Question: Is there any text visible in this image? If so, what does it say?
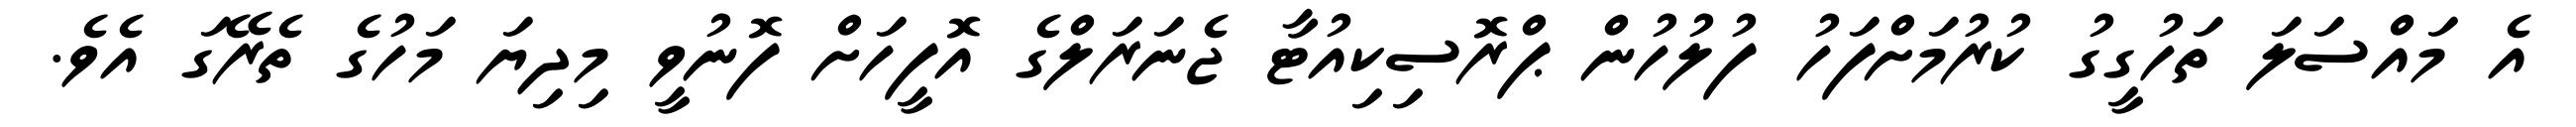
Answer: އެ މައްސަލަ ތަހުގީގު ކުރުމަށްފަހު ފުލުހުން ޕްރޮސިކިއުޓާ ޖެނަރަލްގެ އޮފީހަށް ފޮނުވީ މިދިޔަ މަހުގެ ތެރޭގަ އެވެ.